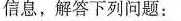
信息，解答下列问题：